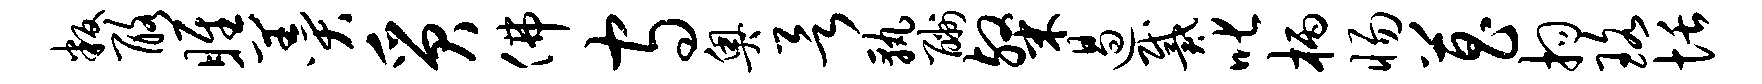
叛酪雎羹质佛守奥欲孰酬粲遏戴叱柄惕菖拘珞恬